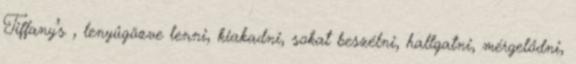
Tiffany’s , lenyűgözve lenni, kiakadni, sokat beszélni, hallgatni, mérgelődni,